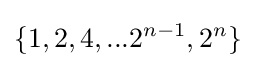
\{1,2,4,...2^{n-1},2^{n}\}